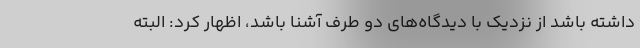
داشته باشد از نزدیک با دیدگاه‌های دو طرف آشنا باشد، اظهار کرد: البته